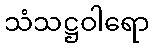
သံသဋ္ဌဝါရော